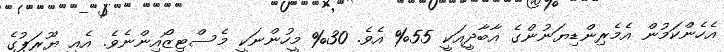
އެހެންކަމުން އެމެރިންޑިޔަނުންގެ އާބާދީއަކީ 55% އެވެ. 30% މީހުންނަކީ މެސްޓިޒޯއިންނެވެ. އެއީ ޔޫރަޕުގެ